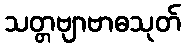
သတ္တဗျာဗာဓသုတ်